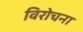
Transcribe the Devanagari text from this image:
विरोचना